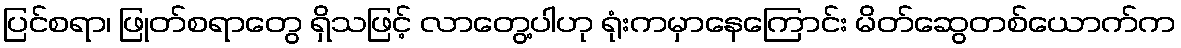
ပြင်စရာ၊ ဖြုတ်စရာတွေ ရှိသဖြင့် လာတွေ့ပါဟု ရုံးကမှာနေကြောင်း မိတ်ဆွေတစ်ယောက်က